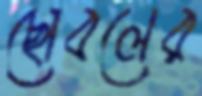
ছোবলের